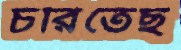
চরিতেছ